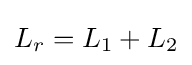
L_{r}=L_{1}+L_{2}